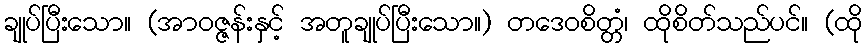
ချုပ်ပြီးသော။ (အာဝဇ္ဇန်းနှင့် အတူချုပ်ပြီးသော။) တဒေဝစိတ္တံ၊ ထိုစိတ်သည်ပင်။ (ထို